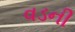
વડની